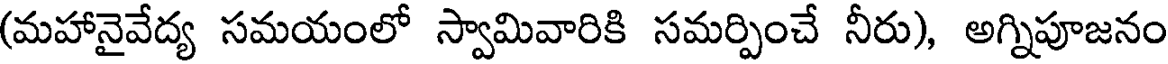
(మహానైవేద్య సమయంలో స్వామివారికి సమర్పించే నీరు), అగ్నిపూజనం